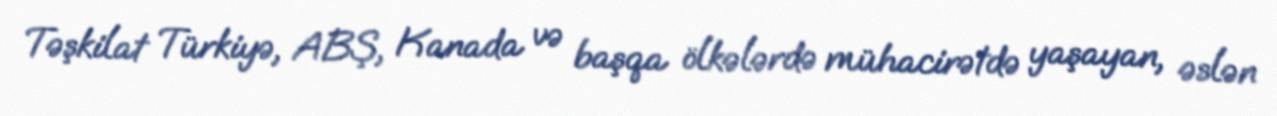
Təşkilat Türkiyə, ABŞ, Kanada və başqa ölkələrdə mühacirətdə yaşayan, əslən